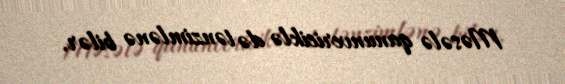
Məsələ qanunvericiklə də tənzimlənə bilər.